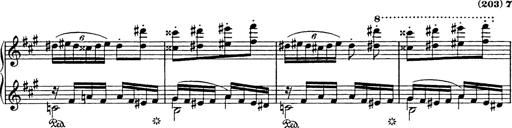
Title: Mephisto Polka
Composer: Franz Liszt